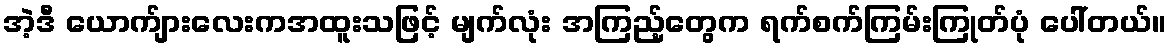
အဲ့ဒီ ယောက်ျားလေးကအထူးသဖြင့် မျက်လုံး အကြည့်တွေက ရက်စက်ကြမ်းကြုတ်ပုံ ပေါ်တယ်။